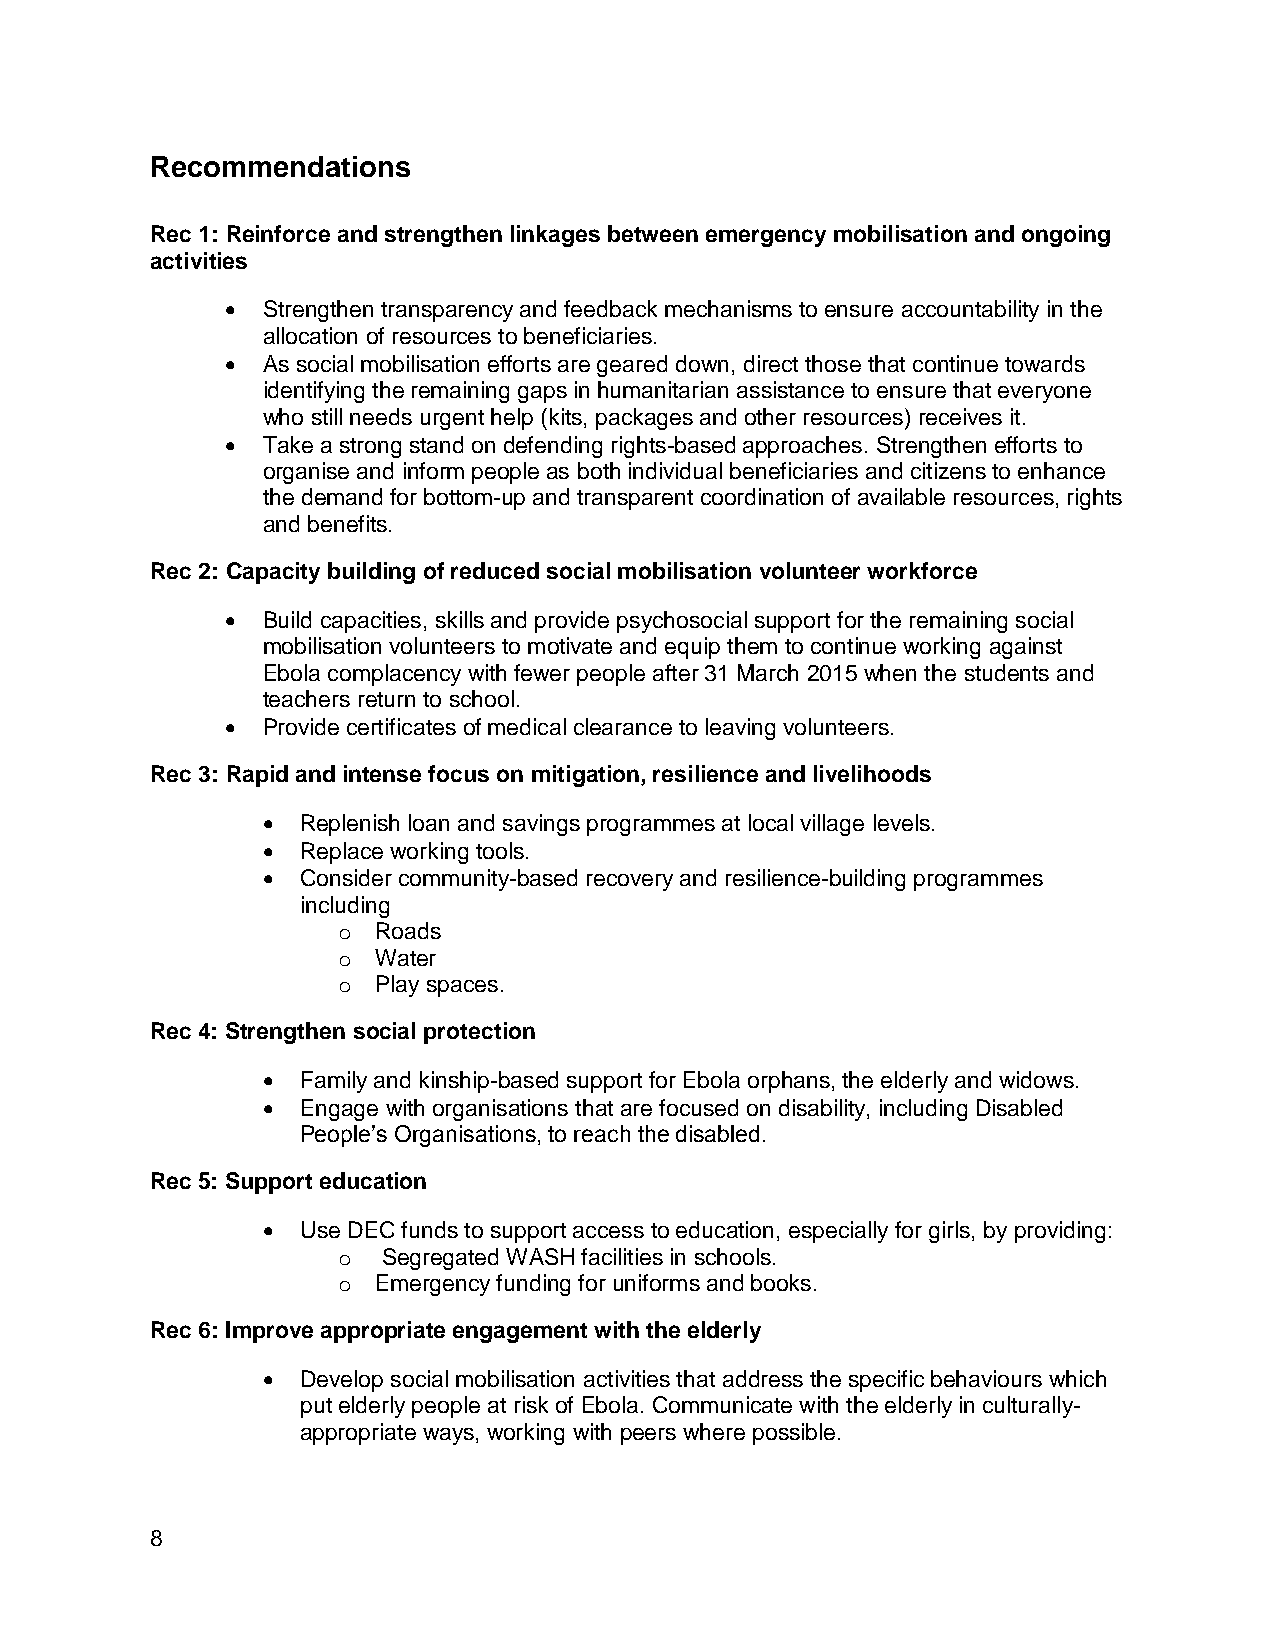
Recommendations
 Rec 1: Reinforce and strengthen linkages between emergency mobilisation and ongoing
 activities
  Strengthen transparency and feedback mechanisms to ensure accountability in the
 allocation of resources to beneficiaries.
  As social mobilisation efforts are geared down, direct those that continue towards
 identifying the remaining gaps in humanitarian assistance to ensure that everyone
 who still needs urgent help (kits, packages and other resources) receives it.
  Take a strong stand on defending rights-based approaches. Strengthen efforts to
 organise and inform people as both individual beneficiaries and citizens to enhance
 the demand for bottom-up and transparent coordination of available resources, rights
 and benefits.
 Rec 2: Capacity building of reduced social mobilisation volunteer workforce
  Build capacities, skills and provide psychosocial support for the remaining social
 mobilisation volunteers to motivate and equip them to continue working against
 Ebola complacency with fewer people after 31 March 2015 when the students and
 teachers return to school.
  Provide certificates of medical clearance to leaving volunteers.
 Rec 3: Rapid and intense focus on mitigation, resilience and livelihoods
   Replenish loan and savings programmes at local village levels.
   Replace working tools.
   Consider community-based recovery and resilience-building programmes
 including
 o  Roads
 o  Water
 o  Play spaces.
 Rec 4: Strengthen social protection
   Family and kinship-based support for Ebola orphans, the elderly and widows.
   Engage with organisations that are focused on disability, including Disabled
 People’s Organisations, to reach the disabled.
 Rec 5: Support education
   Use DEC funds to support access to education, especially for girls, by providing:
 o  Segregated WASH facilities in schools.
 o  Emergency funding for uniforms and books.
 Rec 6: Improve appropriate engagement with the elderly
   Develop social mobilisation activities that address the specific behaviours which
 put elderly people at risk of Ebola. Communicate with the elderly in culturally-
 appropriate ways, working with peers where possible.
 8